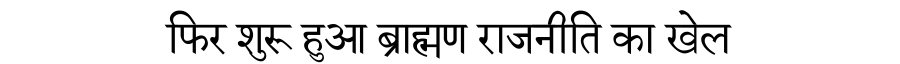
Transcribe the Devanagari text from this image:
फिर शुरू हुआ ब्राह्मण राजनीति का खेल